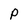
Character: P